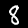
Digit: 8